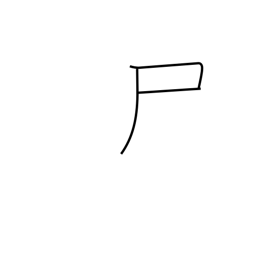
Meaning: flag radical (no. 44)